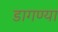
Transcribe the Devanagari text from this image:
डागण्या